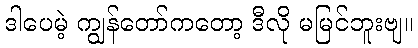
ဒါပေမဲ့ ကျွန်တော်ကတော့ ဒီလို မမြင်ဘူးဗျ။